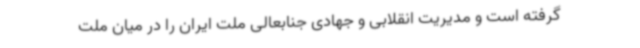
گرفته است و مدیریت انقلابی و جهادی جنابعالی ملت ایران را در میان ملت